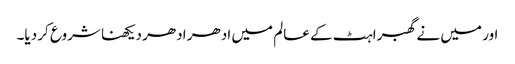
اور میں نے گھبراہٹ کے عالم میں ادھر ادھر دیکھنا شروع کر دیا۔